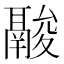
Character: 𩰽